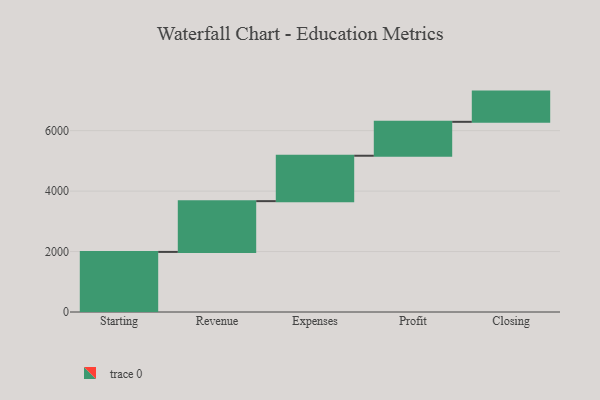
{"axis": {"x": "Step", "y": "Value"}, "legend": [""], "data": [{"x": "Starting", "y": 1988.0, "type": ""}, {"x": "Revenue", "y": 1680.0, "type": ""}, {"x": "Expenses", "y": 1502.0, "type": ""}, {"x": "Profit", "y": 1122.0, "type": ""}, {"x": "Closing", "y": 1000, "type": ""}]}